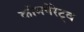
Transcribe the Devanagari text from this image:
कॉमपेरेट्व